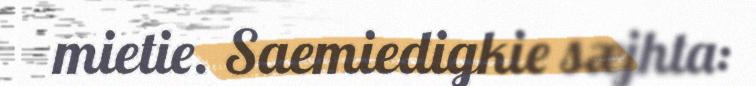
mietie. Saemiedigkie sæjhta: